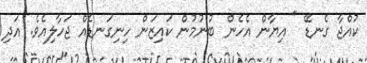
ކުއްޖާ ގެނޑޭ " އިޔާން އެހެން ބުނުމުން ކައިޒަން ހިނިގަނޑެއް ޖަހާލިއެވެ. އަދި